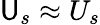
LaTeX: \mathsf{U}_{s}\approx U_{s}